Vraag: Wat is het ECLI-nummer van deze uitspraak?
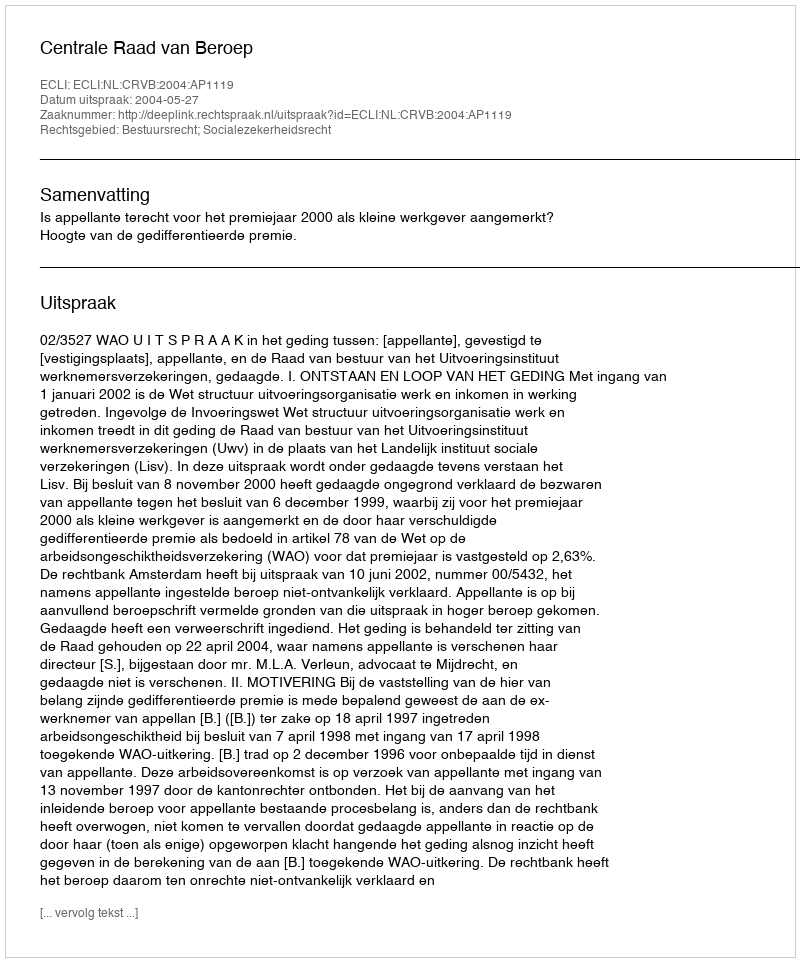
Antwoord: ECLI:NL:CRVB:2004:AP1119